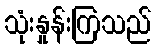
သုံးနှုန်းကြသည်